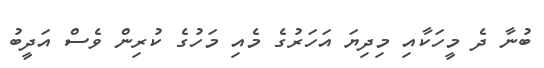
ބުނާ ދެ މީހަކާއި މިދިޔަ އަހަރުގެ މެއި މަހުގެ ކުރިން ވެސް އަދީބު